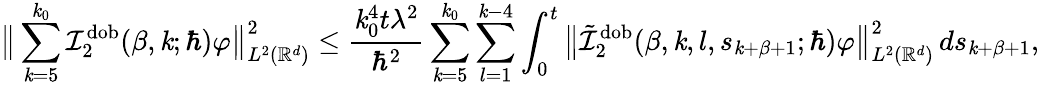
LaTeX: \big\lVert\sum_{\mathit{k}=5}^{\mathit{k}_{0}}\mathcal{{I}}_{2}^{\mathrm{{dob}}}(\beta,\mathit{k};\hbar)\varphi\big\rVert_{L^{2}(\mathbb{{R}}^{d})}^{2}\leq\frac{{\mathit{k}_{0}^{4}t\lambda^{2}}}{{\hbar^{2}}}\sum_{\mathit{k}=5}^{\mathit{k}_{0}}\sum_{l=1}^{\mathit{k}-4}\int_{0}^{t}\big\lVert\tilde{{\mathcal{{I}}}}_{2}^{\mathrm{{dob}}}(\beta,\mathit{k},l,s_{\mathit{k}+\beta+1};\hbar)\varphi\big\rVert_{L^{2}(\mathbb{{R}}^{d})}^{2}\, ds_{\mathit{k}+\beta+1},